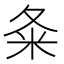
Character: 夈